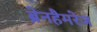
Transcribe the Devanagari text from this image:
ब्रेनहैमरेज